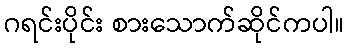
ဂရင်းပိုင်း စားသောက်ဆိုင်ကပါ။